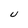
Character: U